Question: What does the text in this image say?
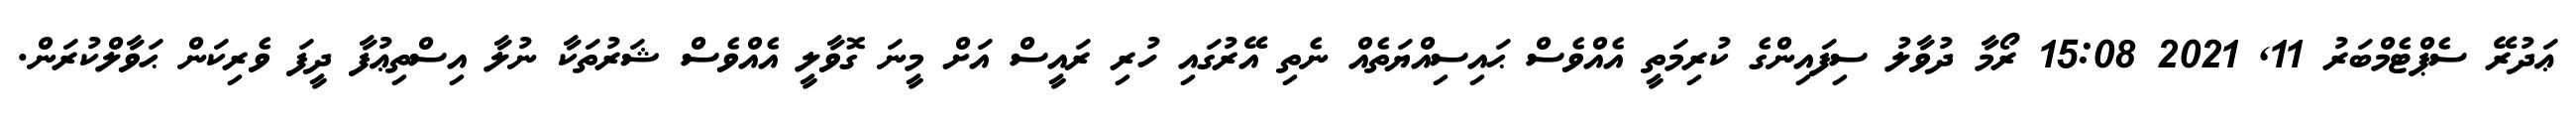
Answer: ޢަދުރޭ ސެޕްޓެމްބަރު 11, 2021 15:08 ރޯމާ ދުވާލު ސިފައިންގެ ކުރިމަތީ އެއްވެސް ޙައިސިއްޔަތެއް ނެތި އޭރުގައި ހުރި ރައީސް އަށް މީނަ ގޮވާލީ އެއްވެސް ޝަރުތަކާ ނުލާ އިސްތިޢުފާ ދީފަ ވެރިކަން ޙަވާލްކުރަން.